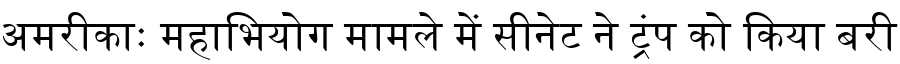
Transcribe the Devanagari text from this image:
अमरीकाः महाभियोग मामले में सीनेट ने ट्रंप को किया बरी